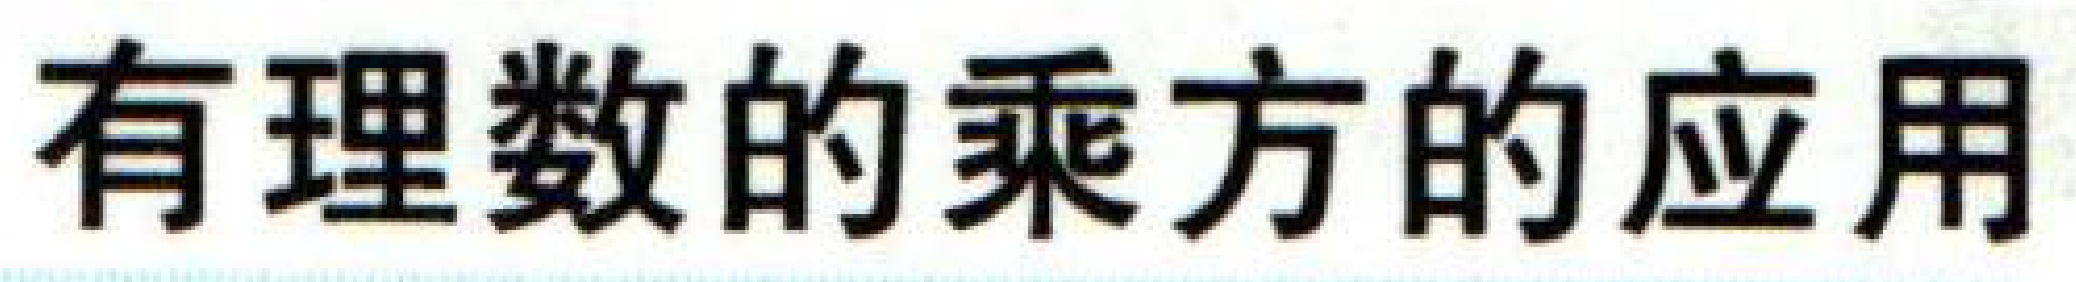
有理数的乘方的应用